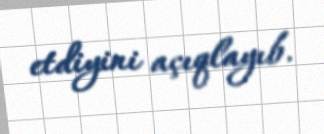
etdiyini açıqlayıb.